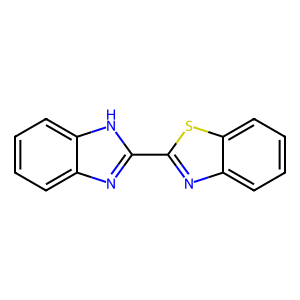
SMILES: c1ccc2[nH]c(-c3nc4ccccc4s3)nc2c1
Inhibits HIV replication: No